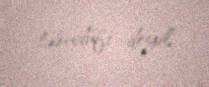
təsadüfi deyil.